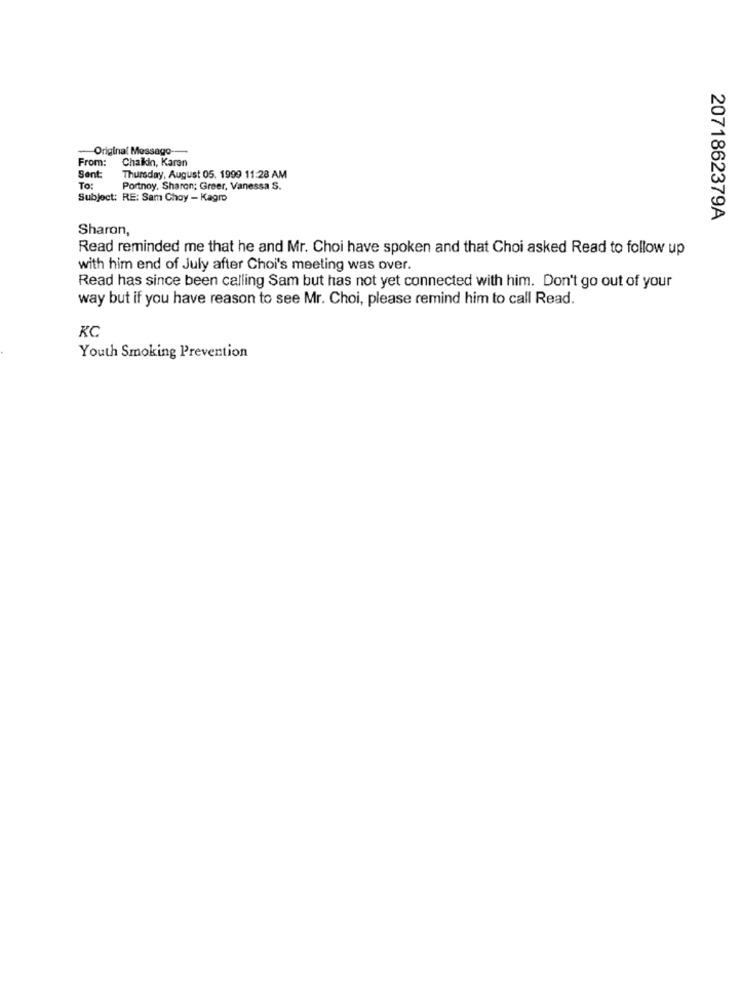
Original Message-
From: Chaikin, Karen
Sent:
Thursday, August 05. 1999 11:28 AM
To:
Portnoy. Sharon; Greer, Vanessa S.
Subject: RE: Sam Choy - Kagro
2071862379A
Sharon,
Read reminded me that he and Mr. Choi have spoken and that Choi asked Read to follow up
with him end of July after Choi's meeting was over.
Read has since been calling Sam but has not yet connected with him. Don't go out of your
way but if you have reason to see Mr. Choi, please remind him to call Read.
KC
Youth Smoking Prevention